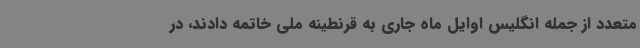
متعدد از جمله انگلیس اوایل ماه جاری به قرنطینه ملی خاتمه دادند، در